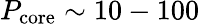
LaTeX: P_{\mathrm{core}}\sim 10-100